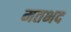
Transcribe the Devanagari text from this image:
मतभद